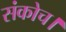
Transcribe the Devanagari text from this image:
संकोच।